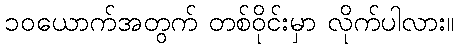
၁၀ယောက်အတွက် တစ်ဝိုင်းမှာ လိုက်ပါလား။